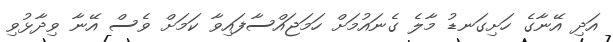
އަދި އޭނާގެ ހަށިގަނޑު މާލެ ގެނައުމަށް ހަމަޖައްސާފައިވާ ކަމަށް ވެސް އޭނާ ވިދާޅުވި